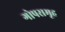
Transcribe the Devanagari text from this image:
गोपसमूह